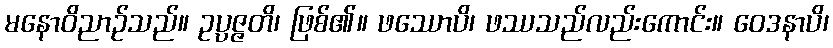
မနောဝိညာဉ်သည်။ ဥပ္ပဇ္ဇတိ၊ ဖြစ်၏။ ဖဿောပိ၊ ဖဿသည်လည်းကောင်း။ ဝေဒနာပိ၊